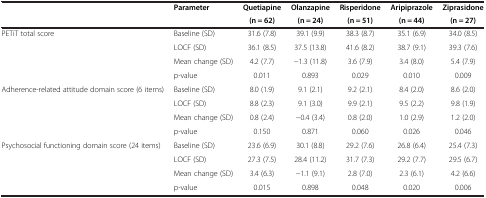
<table><thead><tr><td rowspan="2"><b> </b></td><td rowspan="2"><b>Parameter</b></td><td><b>Quetiapine</b></td><td><b>Olanzapine</b></td><td><b>Risperidone</b></td><td><b>Aripiprazole</b></td><td><b>Ziprasidone</b></td></tr><tr><td><b>(n = 62)</b></td><td><b>(n = 24)</b></td><td><b>(n = 51)</b></td><td><b>(n = 44)</b></td><td><b>(n = 27)</b></td></tr></thead><tbody><tr><td rowspan="4">PETiT total score</td><td>Baseline (SD)</td><td>31.6 (7.8)</td><td>39.1 (9.9)</td><td>38.3 (8.7)</td><td>35.1 (6.9)</td><td>34.0 (8.5)</td></tr><tr><td>LOCF (SD)</td><td>36.1 (8.5)</td><td>37.5 (13.8)</td><td>41.6 (8.2)</td><td>38.7 (9.1)</td><td>39.3 (7.6)</td></tr><tr><td>Mean change (SD)</td><td>4.2 (7.7)</td><td>-1.3 (11.8)</td><td>3.6 (7.9)</td><td>3.4 (8.0)</td><td>5.4 (7.9)</td></tr><tr><td>p-value</td><td>0.011</td><td>0.893</td><td>0.029</td><td>0.010</td><td>0.009</td></tr><tr><td rowspan="4">Adherence-related attitude domain score (6 items)</td><td>Baseline (SD)</td><td>8.0 (1.9)</td><td>9.1 (2.1)</td><td>9.2 (2.1)</td><td>8.4 (2.0)</td><td>8.6 (2.0)</td></tr><tr><td>LOCF (SD)</td><td>8.8 (2.3)</td><td>9.1 (3.0)</td><td>9.9 (2.1)</td><td>9.5 (2.2)</td><td>9.8 (1.9)</td></tr><tr><td>Mean change (SD)</td><td>0.8 (2.4)</td><td>-0.4 (3.4)</td><td>0.8 (2.0)</td><td>1.0 (2.9)</td><td>1.2 (2.0)</td></tr><tr><td>p-value</td><td>0.150</td><td>0.871</td><td>0.060</td><td>0.026</td><td>0.046</td></tr><tr><td rowspan="4">Psychosocial functioning domain score (24 items)</td><td>Baseline (SD)</td><td>23.6 (6.9)</td><td>30.1 (8.8)</td><td>29.2 (7.6)</td><td>26.8 (6.4)</td><td>25.4 (7.3)</td></tr><tr><td>LOCF (SD)</td><td>27.3 (7.5)</td><td>28.4 (11.2)</td><td>31.7 (7.3)</td><td>29.2 (7.7)</td><td>29.5 (6.7)</td></tr><tr><td>Mean change (SD)</td><td>3.4 (6.3)</td><td>-1.1 (9.1)</td><td>2.8 (7.0)</td><td>2.3 (6.1)</td><td>4.2 (6.6)</td></tr><tr><td>p-value</td><td>0.015</td><td>0.898</td><td>0.048</td><td>0.020</td><td>0.006</td></tr></tbody></table>